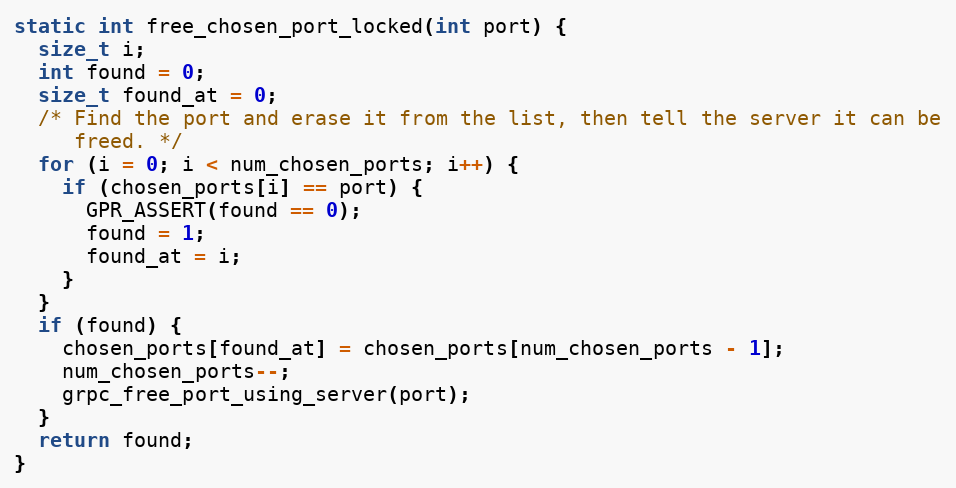
Language: C++
static int free_chosen_port_locked(int port) {
  size_t i;
  int found = 0;
  size_t found_at = 0;
  /* Find the port and erase it from the list, then tell the server it can be
     freed. */
  for (i = 0; i < num_chosen_ports; i++) {
    if (chosen_ports[i] == port) {
      GPR_ASSERT(found == 0);
      found = 1;
      found_at = i;
    }
  }
  if (found) {
    chosen_ports[found_at] = chosen_ports[num_chosen_ports - 1];
    num_chosen_ports--;
    grpc_free_port_using_server(port);
  }
  return found;
}